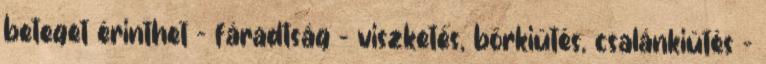
beteget érinthet - fáradtság - viszketés, bőrkiütés, csalánkiütés -